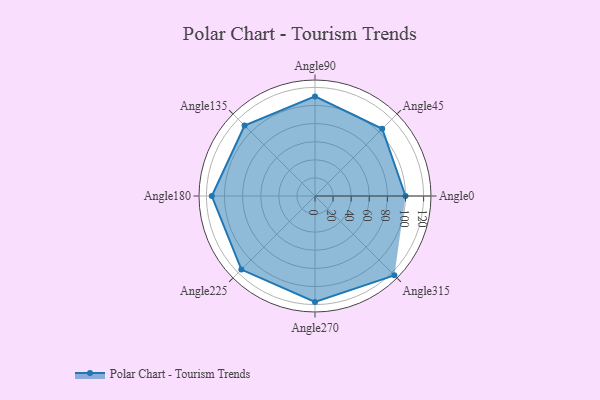
{"axis": {"x": "Angle", "y": "Radius"}, "legend": [""], "data": [{"x": "Angle0", "y": 100.0, "type": ""}, {"x": "Angle45", "y": 105.0, "type": ""}, {"x": "Angle90", "y": 110.0, "type": ""}, {"x": "Angle135", "y": 110.0, "type": ""}, {"x": "Angle180", "y": 114.0, "type": ""}, {"x": "Angle225", "y": 115.0, "type": ""}, {"x": "Angle270", "y": 117.0, "type": ""}, {"x": "Angle315", "y": 124.0, "type": ""}]}